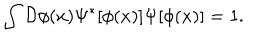
\int { \cal { D } } \phi ( x ) \Psi ^ { \ast } [ \phi ( x ) ] \Psi [ \phi ( x ) ] = 1 .